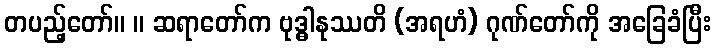
တပည့်တော်။ ။ ဆရာတော်က ဗုဒ္ဓါနုဿတိ (အရဟံ) ဂုဏ်တော်ကို အခြေခံပြီး